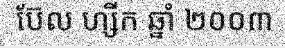
ប៊ែល ហ្សីក ឆ្នាំ ២០០៣